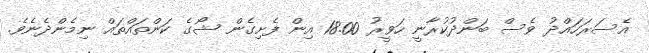
އެސަރަހައްދު ވެސް ބަންދުކުރާނީ ހަވީރު 18.00 އިން ފެށިގެން ޝޯގެ ކަންތައްތައް ނިމެންދެނެވެ.